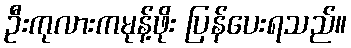
ဦးကုလားကမုန့်ဖိုး ပြန်ပေးရသည်။